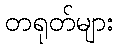
တရုတ်များ